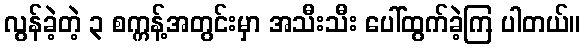
လွန်ခဲ့တဲ့ ၃ စက္ကန့်အတွင်းမှာ အသီးသီး ပေါ်ထွက်ခဲ့ကြ ပါတယ်။